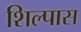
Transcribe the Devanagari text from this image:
शिल्पास